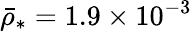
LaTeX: \bar{\rho}_{*}=1.9\times 10^{-3}